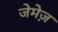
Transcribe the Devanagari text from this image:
जेमेज़